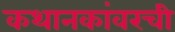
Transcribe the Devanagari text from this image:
कथानकांवरची